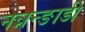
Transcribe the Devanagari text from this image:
नन्नन्ङाडी